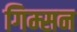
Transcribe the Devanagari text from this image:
गिम्सन